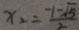
x _ { 2 } = \frac { - 1 - \sqrt { 5 } } { 2 }